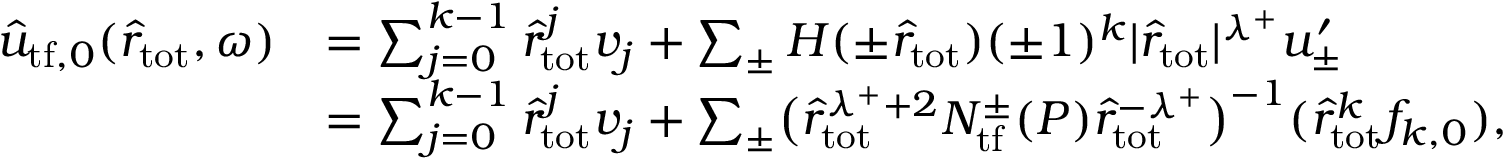
\begin{array} { r l } { \hat { u } _ { { \mathrm { t f } } , 0 } ( \hat { r } _ { \mathrm { t o t } } , \omega ) } & { = \sum _ { j = 0 } ^ { k - 1 } \hat { r } _ { \mathrm { t o t } } ^ { j } v _ { j } + \sum _ { \pm } H ( \pm \hat { r } _ { \mathrm { t o t } } ) ( \pm 1 ) ^ { k } | \hat { r } _ { \mathrm { t o t } } | ^ { \lambda ^ { + } } u _ { \pm } ^ { \prime } } \\ & { = \sum _ { j = 0 } ^ { k - 1 } \hat { r } _ { \mathrm { t o t } } ^ { j } v _ { j } + \sum _ { \pm } \bigl ( \hat { r } _ { \mathrm { t o t } } ^ { \lambda ^ { + } + 2 } N _ { \mathrm { t f } } ^ { \pm } ( P ) \hat { r } _ { \mathrm { t o t } } ^ { - \lambda ^ { + } } \bigr ) ^ { - 1 } ( \hat { r } _ { \mathrm { t o t } } ^ { k } f _ { k , 0 } ) , } \end{array}